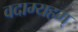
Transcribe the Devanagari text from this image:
वदाम्यहम्